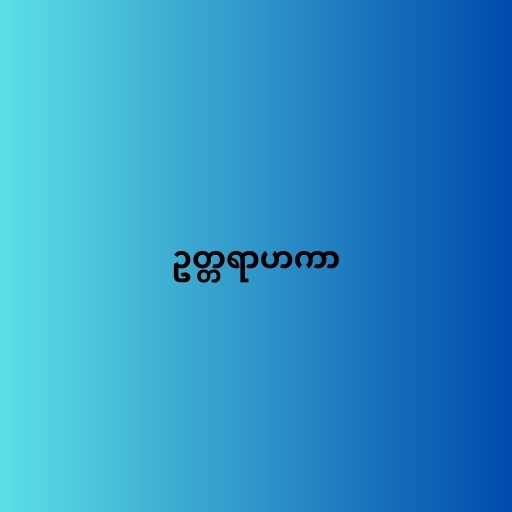
ဥတ္တရာဟကာ